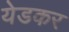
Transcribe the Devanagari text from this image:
येडकर